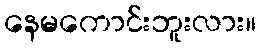
နေမကောင်းဘူးလား။